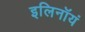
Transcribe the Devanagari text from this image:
इलिनॉयं